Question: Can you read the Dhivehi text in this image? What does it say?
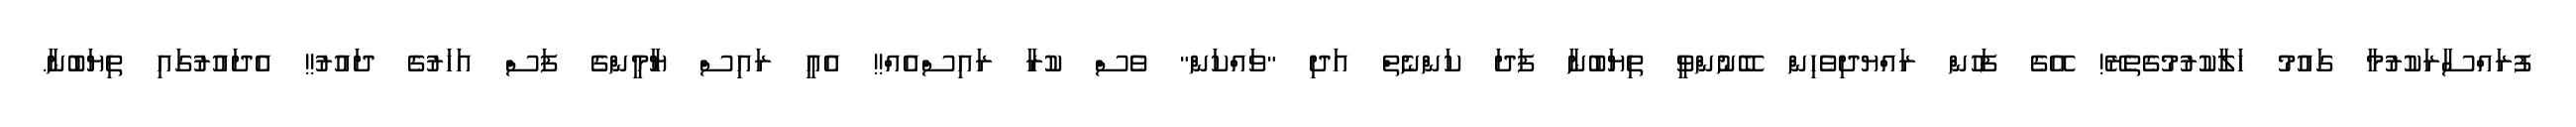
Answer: ފުރައްސާރަކުރުމާ ގައުމު ހަލާކުރުމުގެތެރޭ! އޭގެ ފަހުން ރައްޔދިވެހިން ބޭނުންވީ ތިޔަބުނާ ފަދަ ކަންނެތް އަދި "ވައްކަން" ވެސް ކުރާ ރައިސްއެއް!! އެއީ ރައިސް ޔާމީންގެ ފަސް އަހަރުގެ ދައުރު!! އެދައުރުގައި ތިޔަބުނާ.